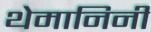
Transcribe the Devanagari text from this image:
थेमानिनी